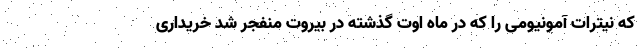
که نیترات آمونیومی را که در ماه اوت گذشته در بیروت منفجر شد خریداری